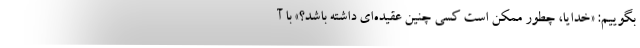
بگوییم: «خدایا، چطور ممکن است کسی چنین عقیده‌ای داشته باشد؟» با آ